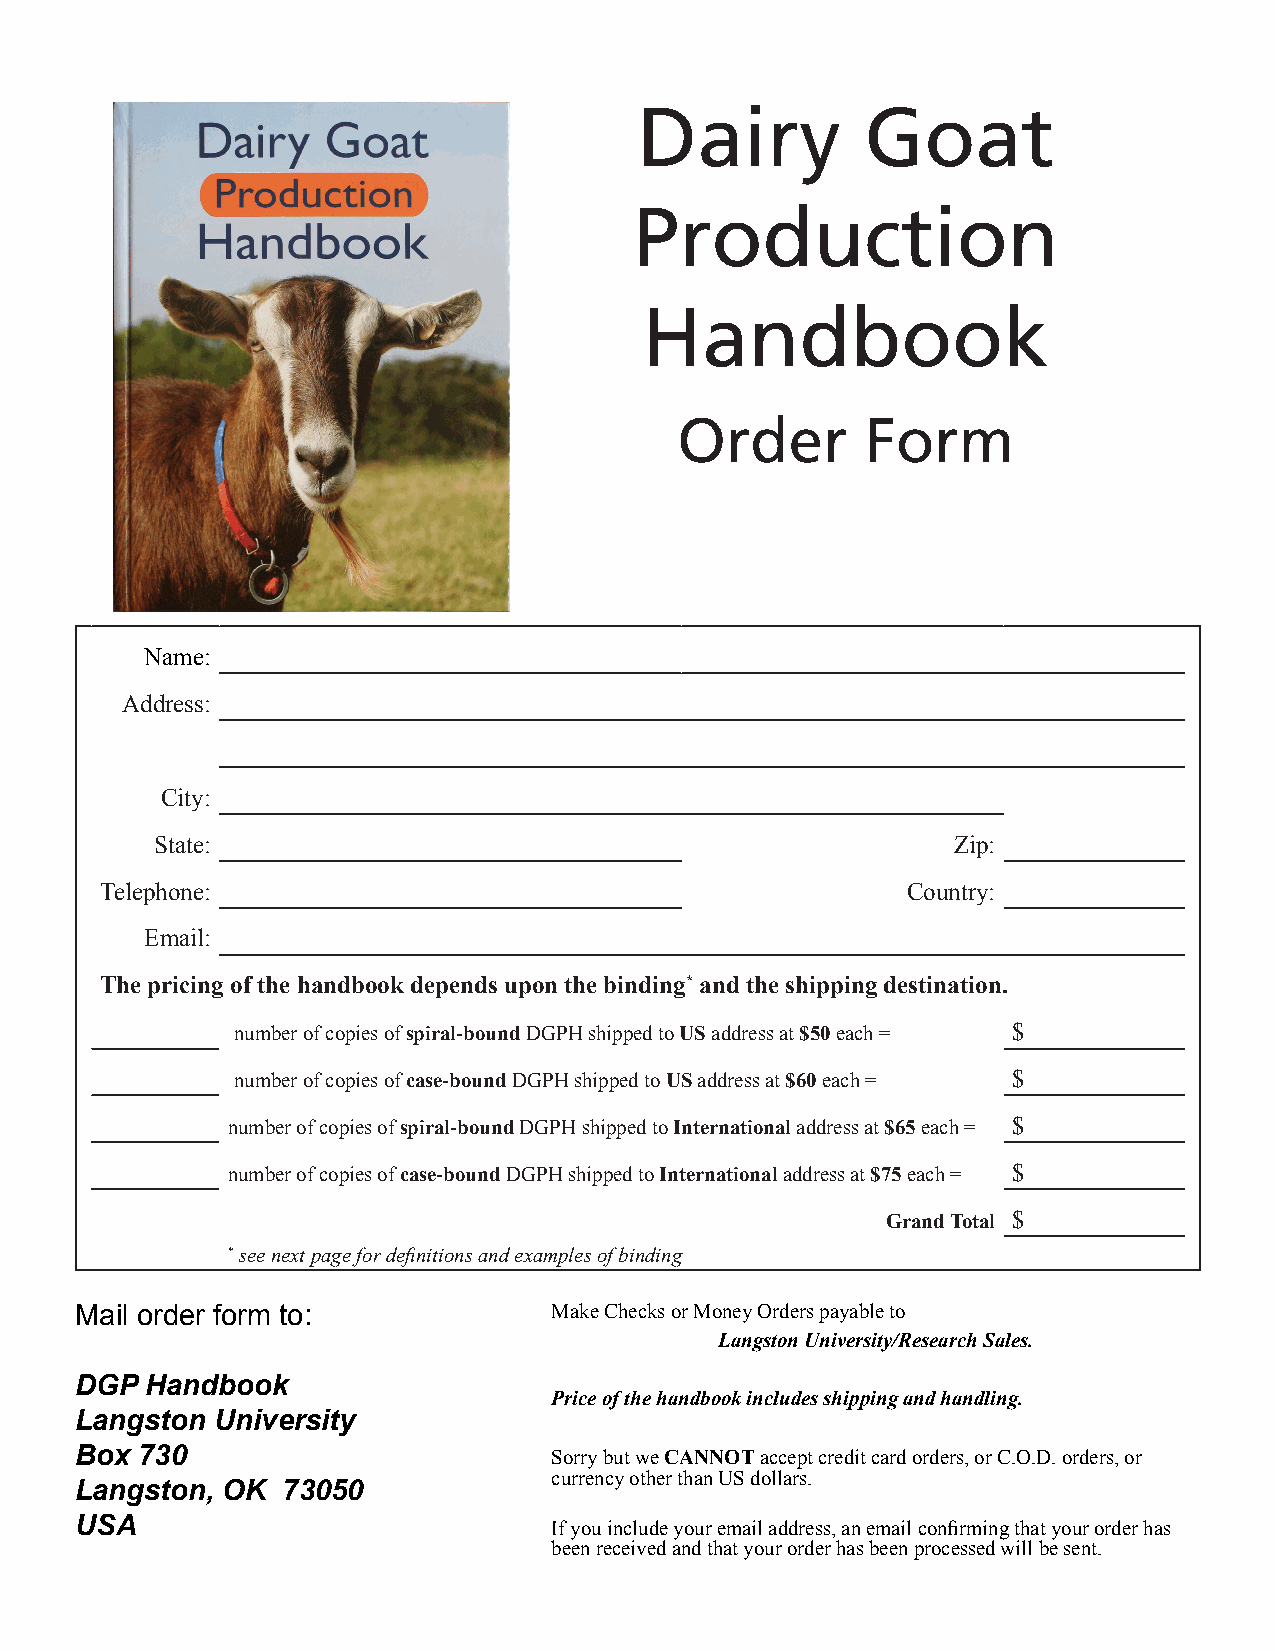
Dairy          Goat
 Production
 Handbook
 Order       Form
 Name:
 Address:
 City:
 State:                                               Zip:
 Telephone:                                           Country:
 Email:
 The pricing of the handbook depends upon the binding* and the shipping destination.
 number of copies of spiral-bound DGPH shipped to US address at $50 each = $
 number of copies of case-bound DGPH shipped to US address at $60 each = $
 number of copies of spiral-bound DGPH shipped to International address at $65 each = $
 number of copies of case-bound DGPH shipped to International address at $75 each = $
 Grand Total $
 * see next page for definitions and examples of binding
 Mail order form to:             Make Checks or Money Orders payable to
 Langston University/Research Sales.
 DGP  Handbook
 Price of the handbook includes shipping and handling.
 Langston University
 Box 730                         Sorry but we CANNOT accept credit card orders, or C.O.D. orders, or
 currency other than US dollars.
 Langston, OK  73050
 USA                             If you include your email address, an email confirming that your order has
 been received and that your order has been processed will be sent.